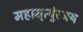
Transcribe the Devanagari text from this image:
महामृत्युंरजय